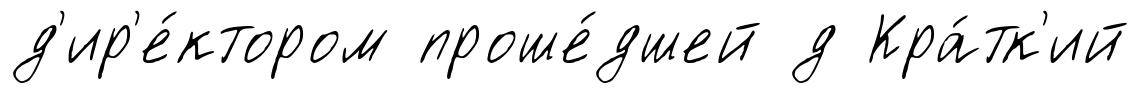
д'ир'е́ктором проше́дшей д Кра́тк'ий